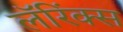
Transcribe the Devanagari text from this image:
लॅरिंक्स